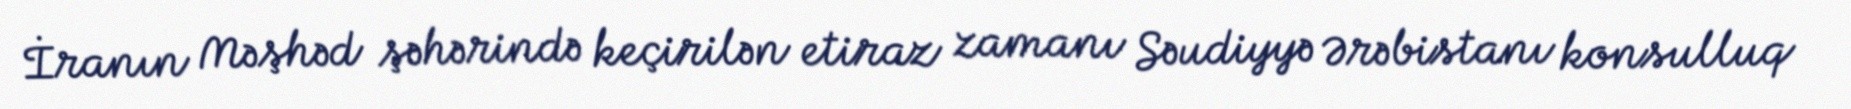
İranın Məşhəd şəhərində keçirilən etiraz zamanı Səudiyyə Ərəbistanı konsulluq